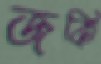
জকি